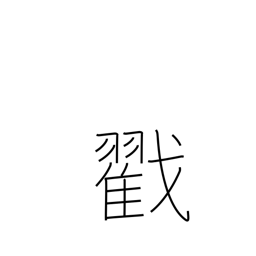
Meaning: poke